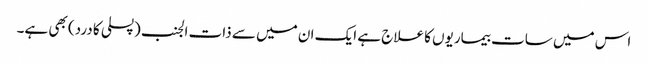
اس میں سات بیماریوں کا علاج ہے ایک ان میں سے ذات الجنب (پسلی کا درد) بھی ہے۔